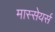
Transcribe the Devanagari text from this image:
मास्सेयर्स